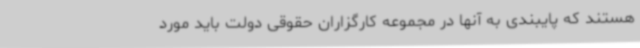
هستند که پایبندی به آنها در مجموعه کارگزاران حقوقی دولت باید مورد